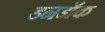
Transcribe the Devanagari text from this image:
डनडॉक